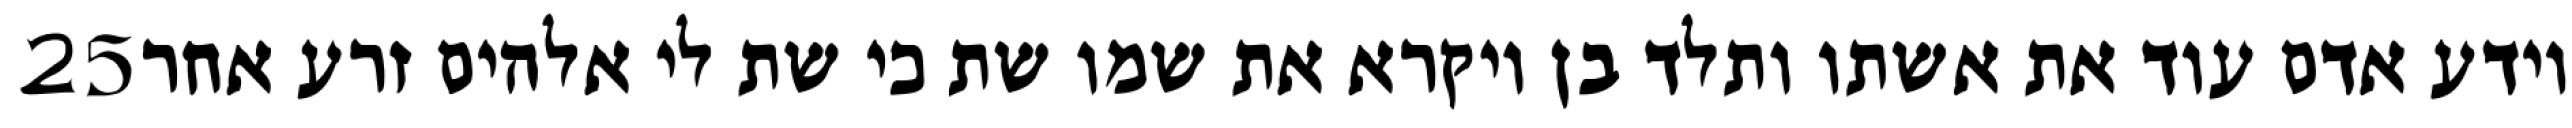
‎25‏ וידע אדם עוד את אשתו ותלד בן ויקרא את שמו שת כי שת לי אלהים זרע אחר